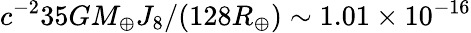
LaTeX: c^{-2}35GM_{\oplus}J_{8}/(128R_{\oplus})\sim 1.01\times 10^{-16}